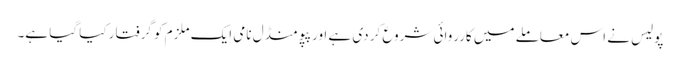
پولیس نے اس معاملے میں کارروائی شروع کر دی ہے اور پپو منڈل نامی ایک ملزم کو گرفتار کیا گیا ہے۔